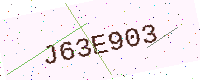
Text: J63E903